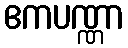
ဧကပဏ္ဏာ